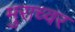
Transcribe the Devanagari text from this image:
मुराच्वर